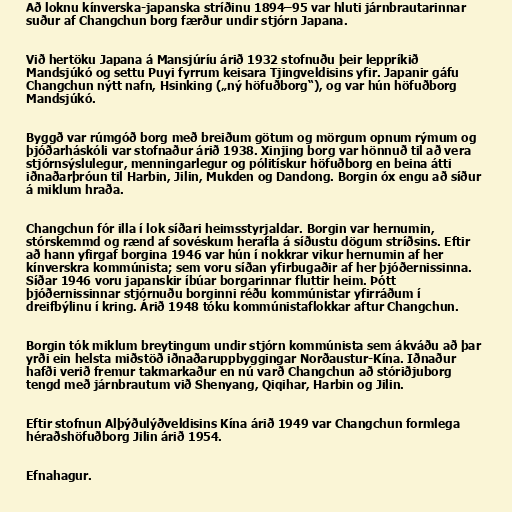
Að loknu kínverska-japanska stríðinu 1894–95 var hluti járnbrautarinnar
suður af Changchun borg færður undir stjórn Japana.

Við hertöku Japana á Mansjúríu árið 1932 stofnuðu þeir leppríkið
Mandsjúkó og settu Puyi fyrrum keisara Tjingveldisins yfir. Japanir gáfu
Changchun nýtt nafn, Hsinking („ný höfuðborg“), og var hún höfuðborg
Mandsjúkó.

Byggð var rúmgóð borg með breiðum götum og mörgum opnum rýmum og
þjóðarháskóli var stofnaður árið 1938. Xinjing borg var hönnuð til að vera
stjórnsýslulegur, menningarlegur og pólitískur höfuðborg en beina átti
iðnaðarþróun til Harbin, Jilin, Mukden og Dandong. Borgin óx engu að síður
á miklum hraða.

Changchun fór illa í lok síðari heimsstyrjaldar. Borgin var hernumin,
stórskemmd og rænd af sovéskum herafla á síðustu dögum stríðsins. Eftir
að hann yfirgaf borgina 1946 var hún í nokkrar vikur hernumin af her
kínverskra kommúnista; sem voru síðan yfirbugaðir af her þjóðernissinna.
Síðar 1946 voru japanskir íbúar borgarinnar fluttir heim. Þótt
þjóðernissinnar stjórnuðu borginni réðu kommúnistar yfirráðum í
dreifbýlinu í kring. Árið 1948 tóku kommúnistaflokkar aftur Changchun.

Borgin tók miklum breytingum undir stjórn kommúnista sem ákváðu að þar
yrði ein helsta miðstöð iðnaðaruppbyggingar Norðaustur-Kína. Iðnaður
hafði verið fremur takmarkaður en nú varð Changchun að stóriðjuborg
tengd með járnbrautum við Shenyang, Qiqihar, Harbin og Jilin.

Eftir stofnun Alþýðulýðveldisins Kína árið 1949 var Changchun formlega
héraðshöfuðborg Jilin árið 1954.

Efnahagur.